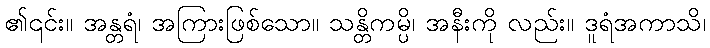
၏၎င်း။ အန္တရံ၊ အကြားဖြစ်သော။ သန္တိကမ္ပိ၊ အနီးကို လည်း။ ဒူရံအကာသိ၊